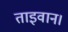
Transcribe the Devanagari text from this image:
ताइवान।